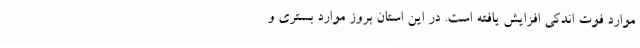
موارد فوت اندکی افزایش یافته است. در این استان بروز موارد بستری و